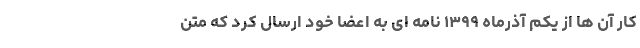
کار آن ها از یکم آذرماه ۱۳۹۹ نامه ای به اعضا خود ارسال کرد که متن